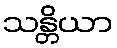
သန္တိယာ